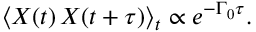
\begin{array} { r } { \langle X ( t ) \, X ( t + \tau ) \rangle _ { t } \propto e ^ { - \Gamma _ { 0 } \tau } . } \end{array}